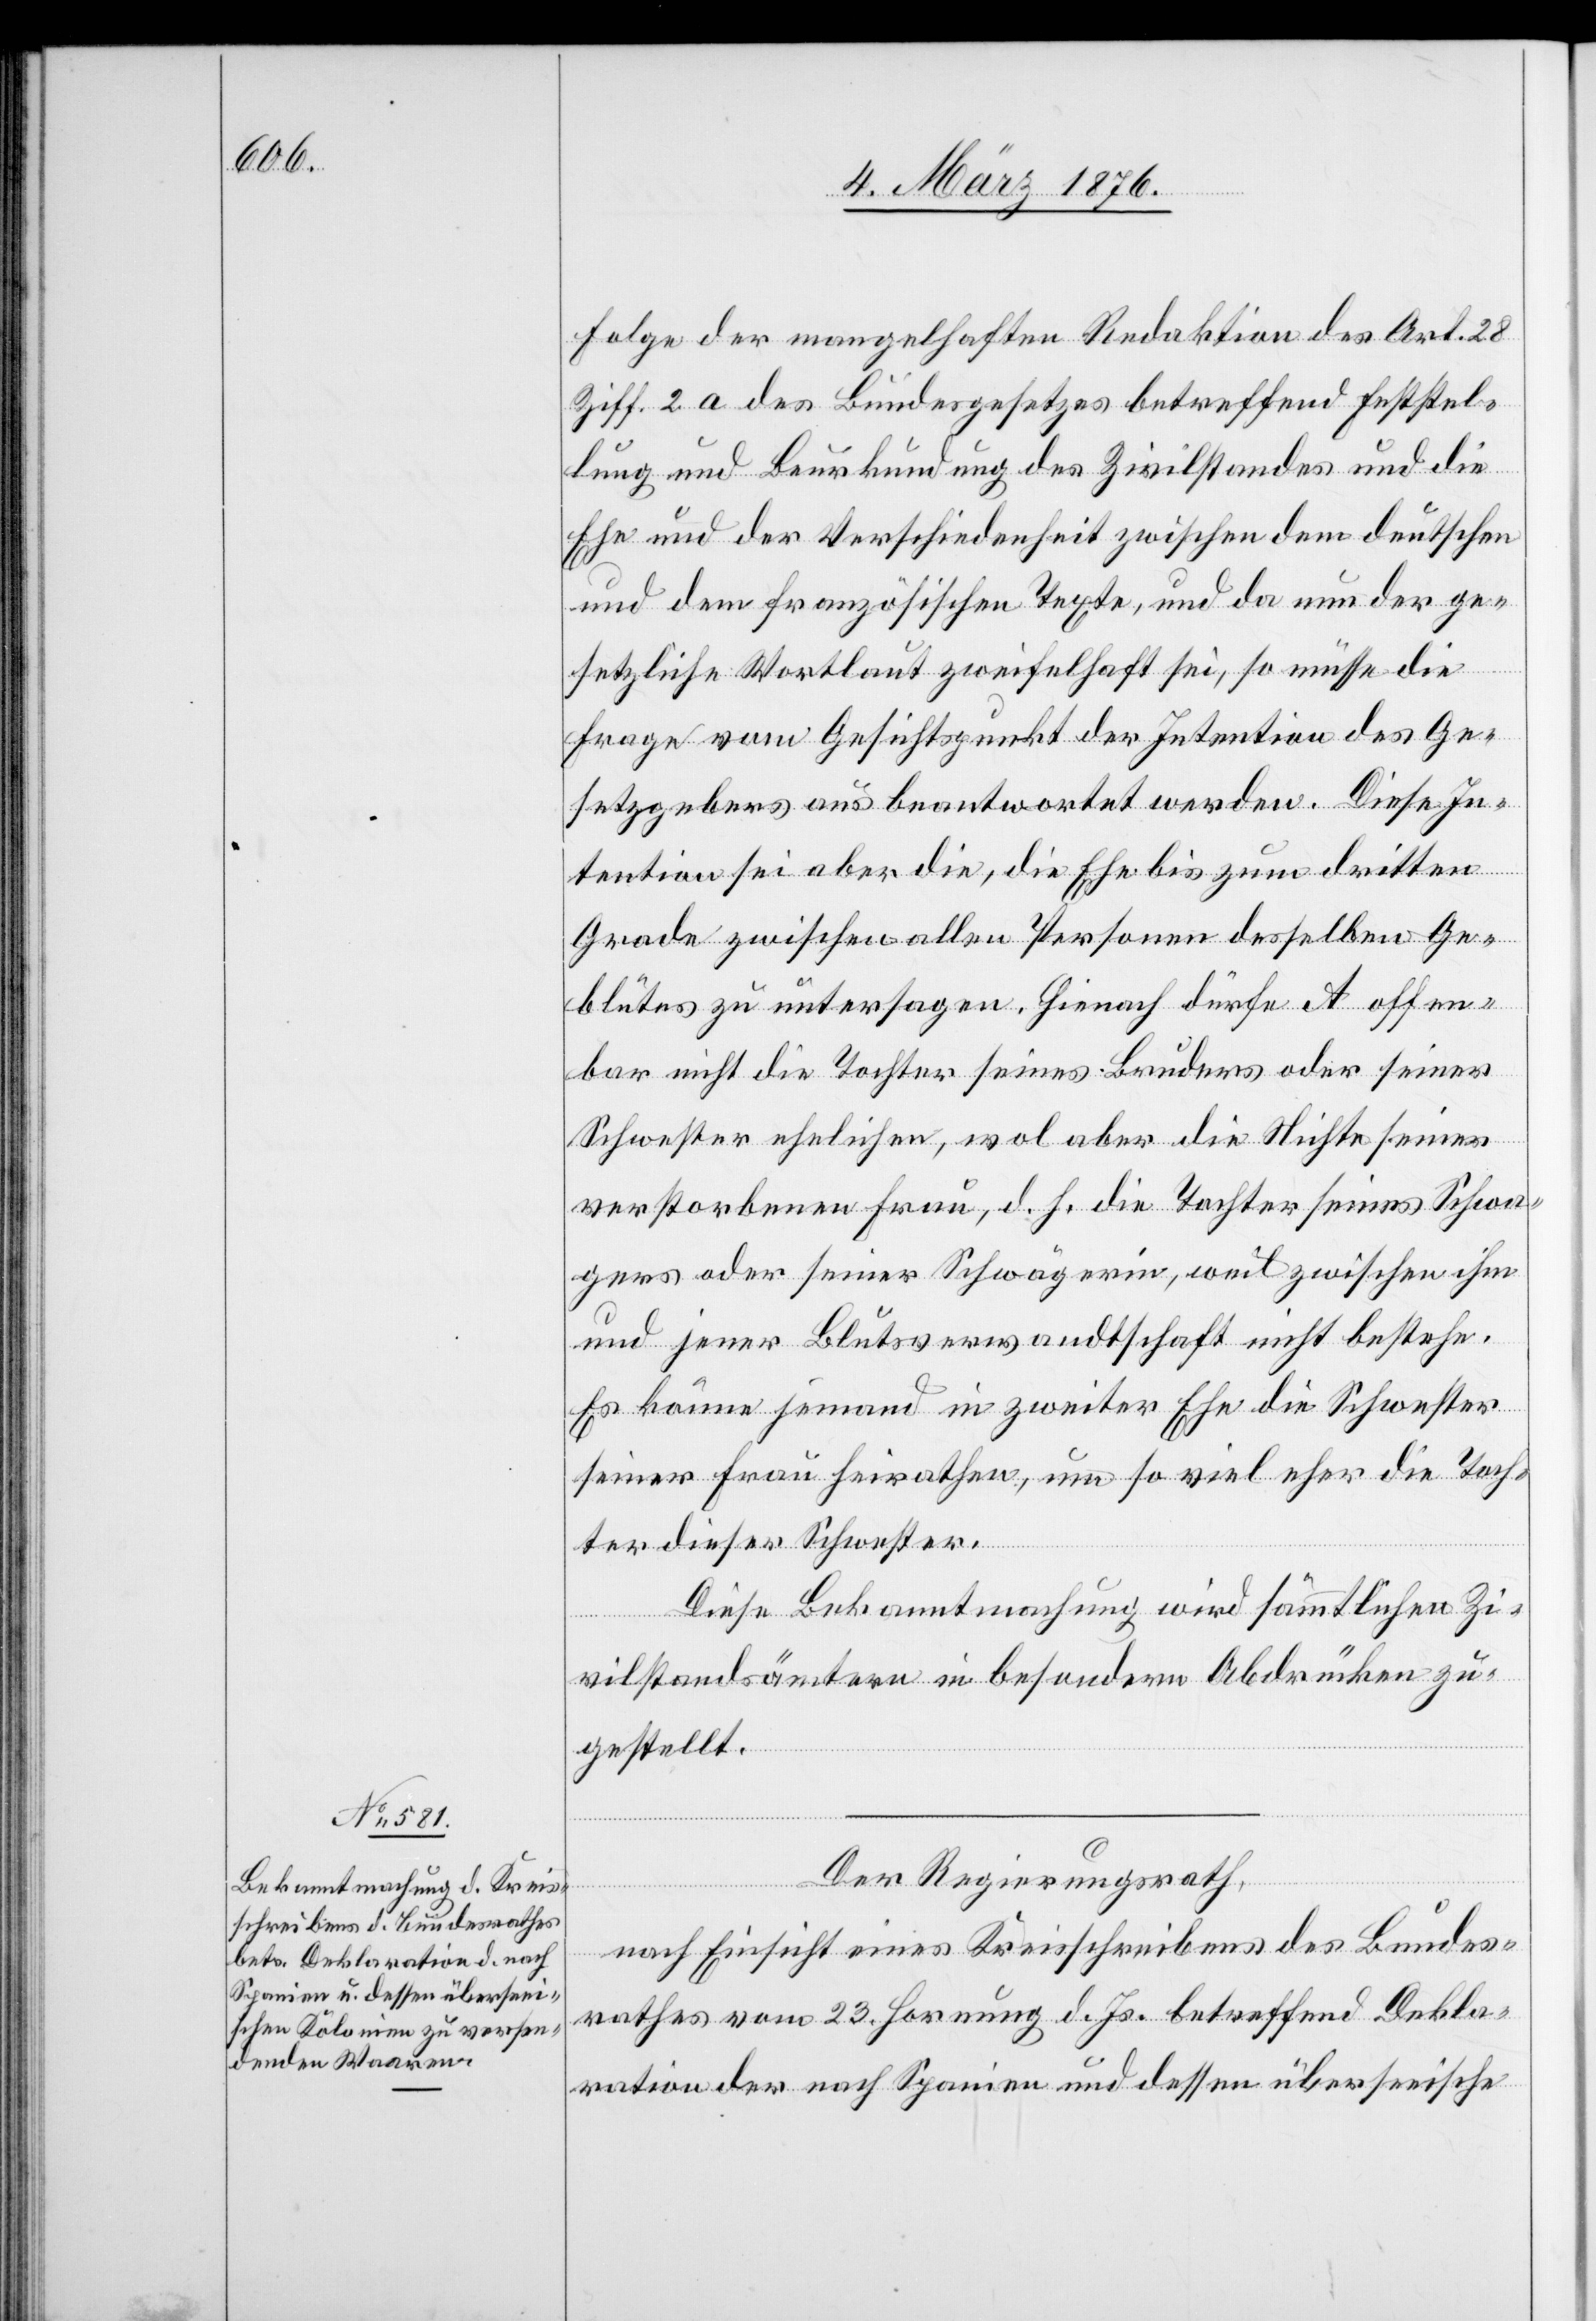
Folge der mangelhaften Redaktion des Art. 28
Ziff. 2 a des Bundesgesetzes betreffend Feststel¬
lung und Beurkundung des Zivilstandes und die
Ehe und der Verschiedenheit zwischen dem deutschen
und dem französischen Texte, und da nun der ge¬
setzliche Wortlaut zweifelhaft sei, so müsse die
Frage vom Gesichtspunkt der Intention des Ge¬
setzgebers aus beantwortet werden. Diese In¬
tention sei aber die, die Ehe bis zum dritten
Grade zwischen allen Personen desselben Ge¬
blütes zu untersagen. Hienach dürfe A offen¬
bar nicht die Tochter seines Bruders oder seiner
Schwester ehelichen, wol aber die Nichte seiner
verstorbenen Frau, d. h. die Tochter seines Schwa¬
gers oder seiner Schwägerin, weil zwischen ihm
und jener Blutsverwandtschaft nicht bestehe.
Es könne jemand in zweiter Ehe die Schwester
seiner Frau heiraten, um so viel eher die Toch¬
ter dieser Schwester.
Diese Bekanntmachung wird sämtlichen Zi¬
vilstandsämtern in besondern Abdrücken zu¬
gestellt.
Der Regierungsrath,
nach Einsicht eines Kreisschreibens des Bundes¬
rathes vom 23. Hornung d. Js. betreffend Dekla¬
ration der nach Spanien und dessen überseeische